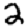
Digit: 2